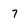
Character: 7